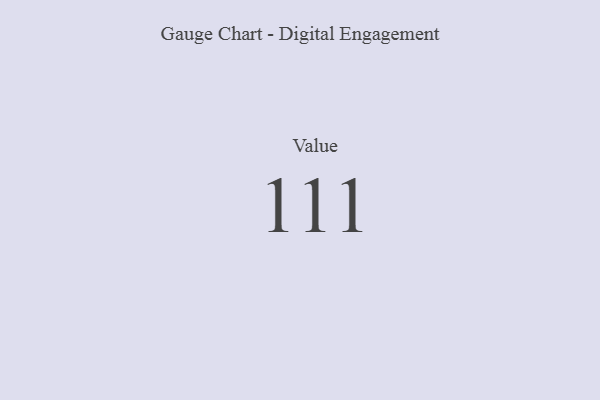
{"axis": {"x": "Metric", "y": "Value"}, "legend": [""], "data": [{"x": "Value", "y": 111, "type": ""}]}